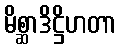
မိစ္ဆာဒိဋ္ဌိဟတာ